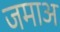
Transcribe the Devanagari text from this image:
जमाअ